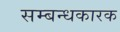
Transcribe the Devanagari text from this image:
सम्बन्धकारक